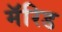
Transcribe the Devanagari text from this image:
मॅरिड